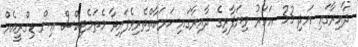
ދާއިރާގައި އަދި 33 އަހަރު ވިޔަފާރިގެ ދާއިރާގައި ހަރަކާތްތެރިވެފައިވާ މެތަމެޓިކްސް އިން ޑިގްރީއެއް